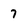
Character: 7